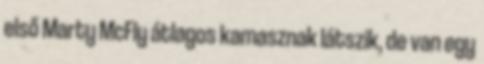
első Marty McFly átlagos kamasznak látszik, de van egy